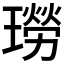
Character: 𤩂